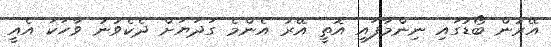
އޭރުން ބޯޑުގައި ނިންމާފައި އޮތީ އޭރު އެންމެ ގަދަޔަށް ދެކެވުނު ވާހަކަ އެއީ